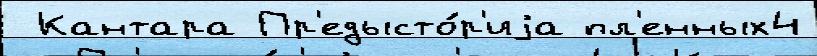
 Кантара Пр'едысто́р'иjа пл'енных4